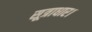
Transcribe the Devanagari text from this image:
सूत्राधार।